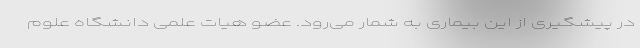
در پیشگیری از این بیماری به شمار می‌رود. عضو هیات علمی دانشگاه علوم